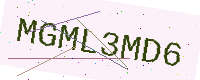
Text: MGML3MD6